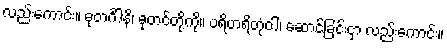
လည်းကောင်း။ ဓုတင်္ဂါနိ၊ ဓုတင်တို့ကို။ ပရိဟရိတုံဝါ၊ ဆောင်ခြင်းငှာ လည်းကောင်း။